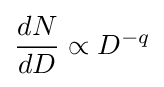
{\frac {dN}{dD}}\propto D^{-q}